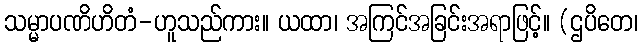
သမ္မာပဏိဟိတံ-ဟူသည်ကား။ ယထာ၊ အကြင်အခြင်းအရာဖြင့်။ (ဌပိတေ၊